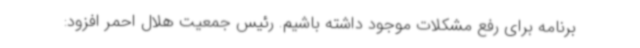
برنامه برای رفع مشکلات موجود داشته باشیم. رئیس جمعیت هلال احمر افزود: